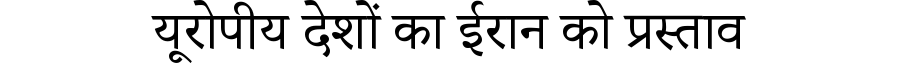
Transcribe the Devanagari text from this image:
यूरोपीय देशों का ईरान को प्रस्ताव